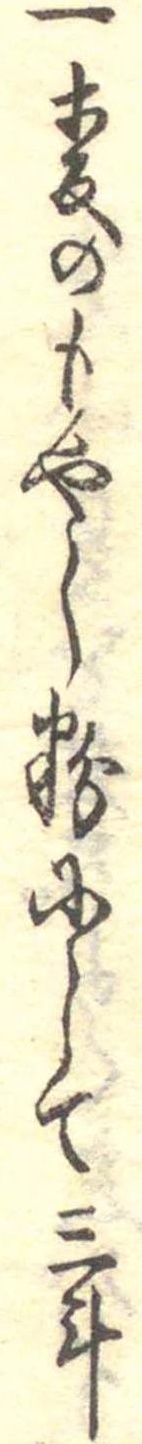
一麦のもやし粉にして三斗